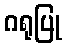
ဂရုပြု